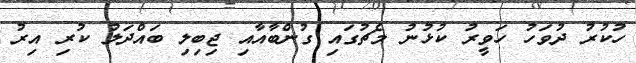
ހުކުރު ދުވަހު ހަވީރު ކުޅުނު މެޗުގައި ގުންބާއާއި ޖިބިލި ބައްދަލު ކުރި އިރު